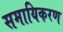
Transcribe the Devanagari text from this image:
समायिकरण